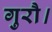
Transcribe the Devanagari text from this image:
गुरौ।